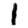
Digit: 1